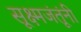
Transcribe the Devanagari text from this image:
सूक्ष्मजंतूंनी